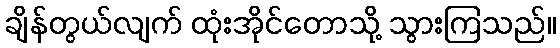
ချိန်တွယ်လျက် ထုံးအိုင်တောသို့ သွားကြသည်။